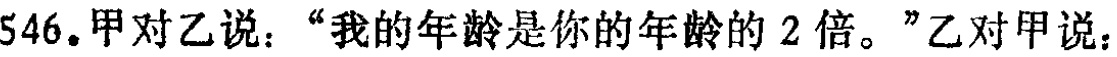
546.甲对乙说：“我的年龄是你的年龄的 2 倍。”乙对甲说：